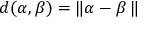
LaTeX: d ( \alpha , \beta ) = \| \alpha - \beta \, \|